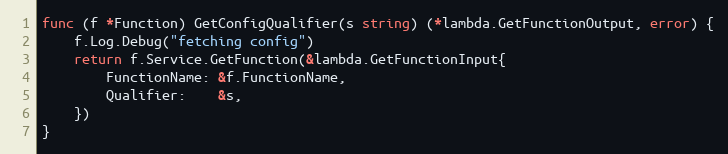
Language: Go
func (f *Function) GetConfigQualifier(s string) (*lambda.GetFunctionOutput, error) {
	f.Log.Debug("fetching config")
	return f.Service.GetFunction(&lambda.GetFunctionInput{
		FunctionName: &f.FunctionName,
		Qualifier:    &s,
	})
}